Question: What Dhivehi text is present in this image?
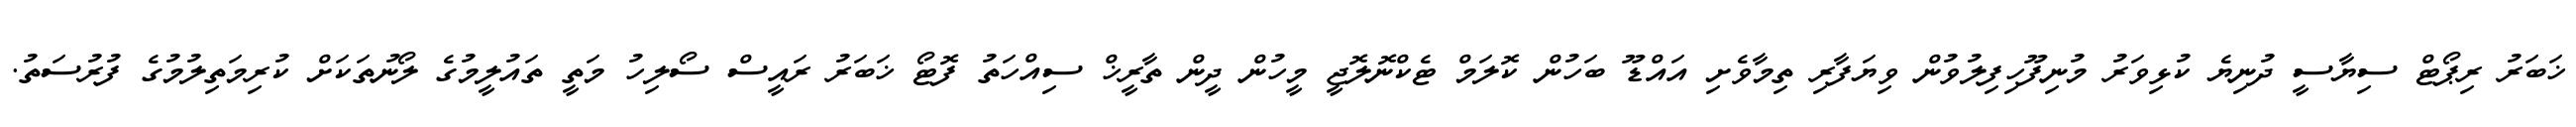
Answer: ޚަބަރު ރިޕޯޓް ސިޔާސީ ދުނިޔެ ކުޅިވަރު މުނިފޫހިފިލުވުން ވިޔަފާރި ތިމާވެށި އައްޑޫ ބަހުން ކޮލަމް ޓެކްނޮލޮޖީ މީހުން ދީން ތާރީޚް ސިއްހަތު ފޮޓޯ ޚަބަރު ރައީސް ސޯލިހު މަތީ ތައުލީމުގެ ލޯނުތަކަށް ކުރިމަތިލުމުގެ ފުރުސަތު.